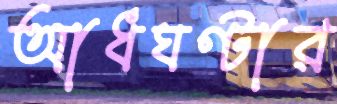
আধঘণ্টার